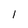
Character: 1